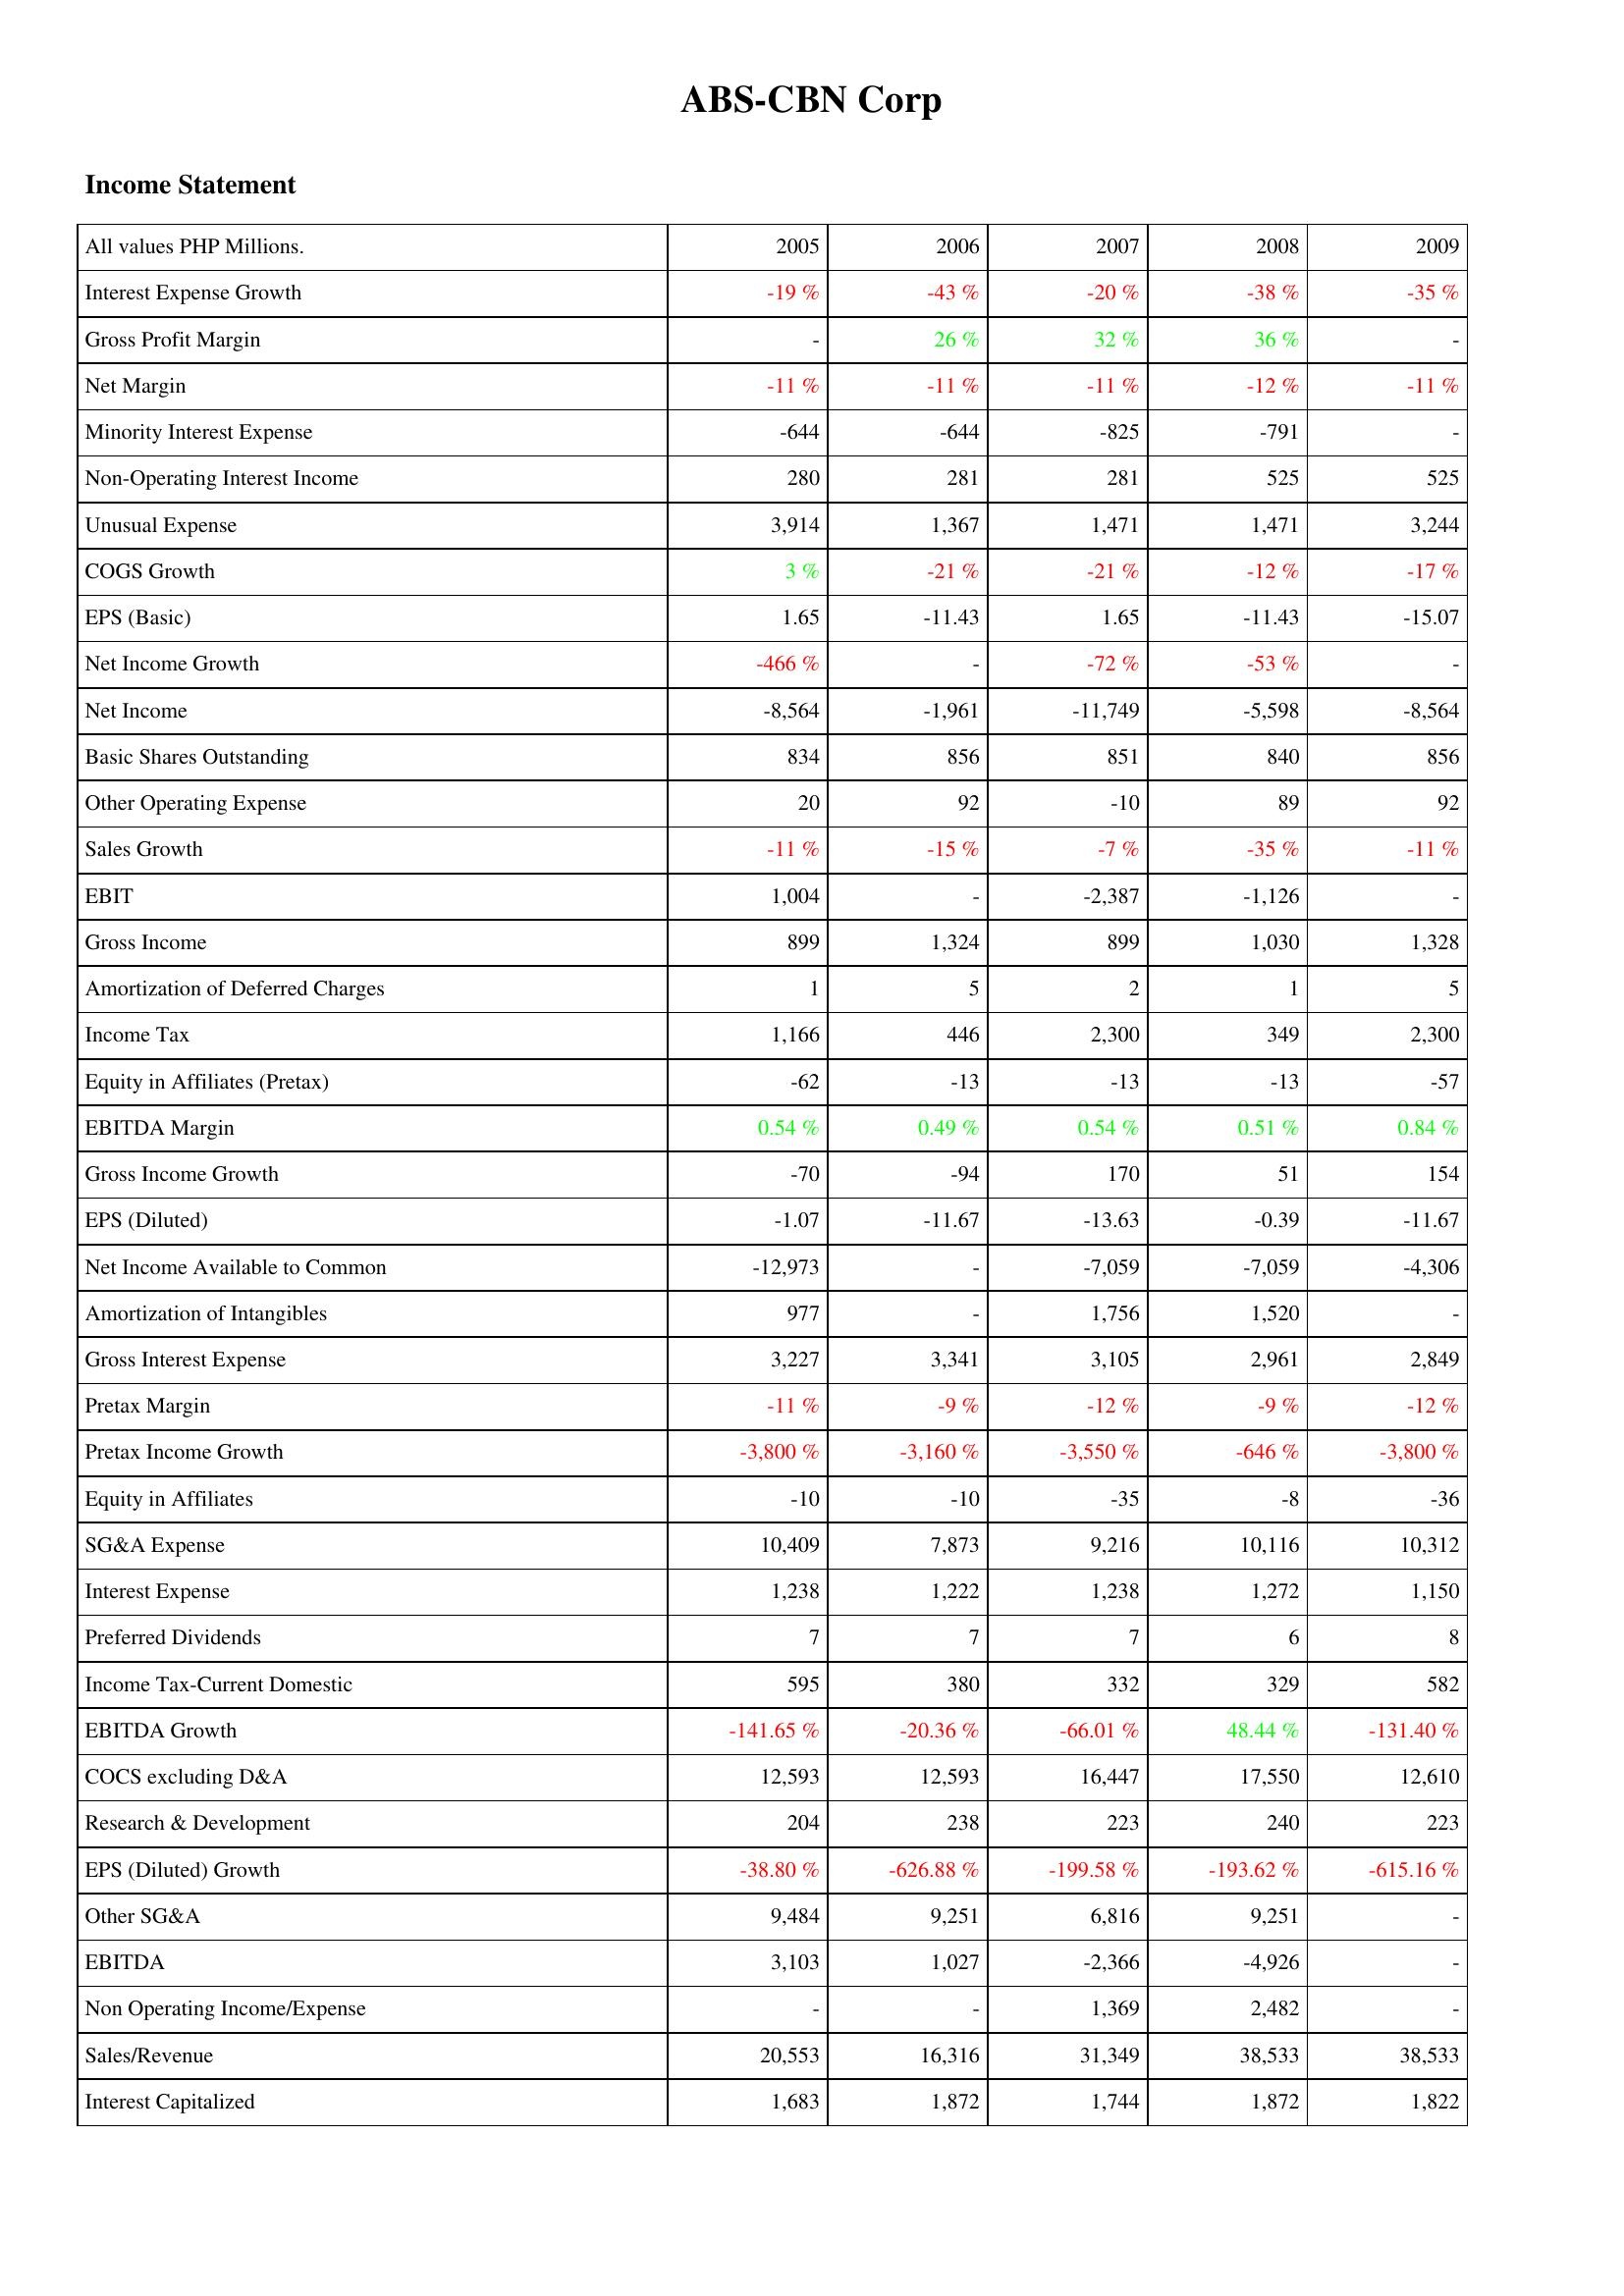
2005: Income Statement: Interest Expense Growth: -19 %
Gross Profit Margin: -
Net Margin: -11 %
Minority Interest Expense: -644
Non-Operating Interest Income: 280
Unusual Expense: 3,914
COGS Growth: 3 %
EPS (Basic): 1.65
Net Income Growth: -466 %
Net Income: -8,564
Basic Shares Outstanding: 834
Other Operating Expense: 20
Sales Growth: -11 %
EBIT: 1,004
Gross Income: 899
Amortization of Deferred Charges: 1
Income Tax: 1,166
Equity in Affiliates (Pretax): -62
EBITDA Margin: 0.54 %
Gross Income Growth: -70
EPS (Diluted): -1.07
Net Income Available to Common: -12,973
Amortization of Intangibles: 977
Gross Interest Expense: 3,227
Pretax Margin: -11 %
Pretax Income Growth: -3,800 %
Equity in Affiliates: -10
SG&A Expense: 10,409
Interest Expense: 1,238
Preferred Dividends: 7
Income Tax-Current Domestic: 595
EBITDA Growth: -141.65 %
COCS excluding D&A: 12,593
Research & Development: 204
EPS (Diluted) Growth: -38.80 %
Other SG&A: 9,484
EBITDA: 3,103
Non Operating Income/Expense: -
Sales/Revenue: 20,553
Interest Capitalized: 1,683
2006: Income Statement: Interest Expense Growth: -43 %
Gross Profit Margin: 26 %
Net Margin: -11 %
Minority Interest Expense: -644
Non-Operating Interest Income: 281
Unusual Expense: 1,367
COGS Growth: -21 %
EPS (Basic): -11.43
Net Income Growth: -
Net Income: -1,961
Basic Shares Outstanding: 856
Other Operating Expense: 92
Sales Growth: -15 %
EBIT: -
Gross Income: 1,324
Amortization of Deferred Charges: 5
Income Tax: 446
Equity in Affiliates (Pretax): -13
EBITDA Margin: 0.49 %
Gross Income Growth: -94
EPS (Diluted): -11.67
Net Income Available to Common: -
Amortization of Intangibles: -
Gross Interest Expense: 3,341
Pretax Margin: -9 %
Pretax Income Growth: -3,160 %
Equity in Affiliates: -10
SG&A Expense: 7,873
Interest Expense: 1,222
Preferred Dividends: 7
Income Tax-Current Domestic: 380
EBITDA Growth: -20.36 %
COCS excluding D&A: 12,593
Research & Development: 238
EPS (Diluted) Growth: -626.88 %
Other SG&A: 9,251
EBITDA: 1,027
Non Operating Income/Expense: -
Sales/Revenue: 16,316
Interest Capitalized: 1,872
2007: Income Statement: Interest Expense Growth: -20 %
Gross Profit Margin: 32 %
Net Margin: -11 %
Minority Interest Expense: -825
Non-Operating Interest Income: 281
Unusual Expense: 1,471
COGS Growth: -21 %
EPS (Basic): 1.65
Net Income Growth: -72 %
Net Income: -11,749
Basic Shares Outstanding: 851
Other Operating Expense: -10
Sales Growth: -7 %
EBIT: -2,387
Gross Income: 899
Amortization of Deferred Charges: 2
Income Tax: 2,300
Equity in Affiliates (Pretax): -13
EBITDA Margin: 0.54 %
Gross Income Growth: 170
EPS (Diluted): -13.63
Net Income Available to Common: -7,059
Amortization of Intangibles: 1,756
Gross Interest Expense: 3,105
Pretax Margin: -12 %
Pretax Income Growth: -3,550 %
Equity in Affiliates: -35
SG&A Expense: 9,216
Interest Expense: 1,238
Preferred Dividends: 7
Income Tax-Current Domestic: 332
EBITDA Growth: -66.01 %
COCS excluding D&A: 16,447
Research & Development: 223
EPS (Diluted) Growth: -199.58 %
Other SG&A: 6,816
EBITDA: -2,366
Non Operating Income/Expense: 1,369
Sales/Revenue: 31,349
Interest Capitalized: 1,744
2008: Income Statement: Interest Expense Growth: -38 %
Gross Profit Margin: 36 %
Net Margin: -12 %
Minority Interest Expense: -791
Non-Operating Interest Income: 525
Unusual Expense: 1,471
COGS Growth: -12 %
EPS (Basic): -11.43
Net Income Growth: -53 %
Net Income: -5,598
Basic Shares Outstanding: 840
Other Operating Expense: 89
Sales Growth: -35 %
EBIT: -1,126
Gross Income: 1,030
Amortization of Deferred Charges: 1
Income Tax: 349
Equity in Affiliates (Pretax): -13
EBITDA Margin: 0.51 %
Gross Income Growth: 51
EPS (Diluted): -0.39
Net Income Available to Common: -7,059
Amortization of Intangibles: 1,520
Gross Interest Expense: 2,961
Pretax Margin: -9 %
Pretax Income Growth: -646 %
Equity in Affiliates: -8
SG&A Expense: 10,116
Interest Expense: 1,272
Preferred Dividends: 6
Income Tax-Current Domestic: 329
EBITDA Growth: 48.44 %
COCS excluding D&A: 17,550
Research & Development: 240
EPS (Diluted) Growth: -193.62 %
Other SG&A: 9,251
EBITDA: -4,926
Non Operating Income/Expense: 2,482
Sales/Revenue: 38,533
Interest Capitalized: 1,872
2009: Income Statement: Interest Expense Growth: -35 %
Gross Profit Margin: -
Net Margin: -11 %
Minority Interest Expense: -
Non-Operating Interest Income: 525
Unusual Expense: 3,244
COGS Growth: -17 %
EPS (Basic): -15.07
Net Income Growth: -
Net Income: -8,564
Basic Shares Outstanding: 856
Other Operating Expense: 92
Sales Growth: -11 %
EBIT: -
Gross Income: 1,328
Amortization of Deferred Charges: 5
Income Tax: 2,300
Equity in Affiliates (Pretax): -57
EBITDA Margin: 0.84 %
Gross Income Growth: 154
EPS (Diluted): -11.67
Net Income Available to Common: -4,306
Amortization of Intangibles: -
Gross Interest Expense: 2,849
Pretax Margin: -12 %
Pretax Income Growth: -3,800 %
Equity in Affiliates: -36
SG&A Expense: 10,312
Interest Expense: 1,150
Preferred Dividends: 8
Income Tax-Current Domestic: 582
EBITDA Growth: -131.40 %
COCS excluding D&A: 12,610
Research & Development: 223
EPS (Diluted) Growth: -615.16 %
Other SG&A: -
EBITDA: -
Non Operating Income/Expense: -
Sales/Revenue: 38,533
Interest Capitalized: 1,822